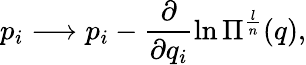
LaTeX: p_{i}\longrightarrow p_{i}-\frac{\partial}{\partial q_{i}}\ln\Pi^{\frac{l}{n}}(q),